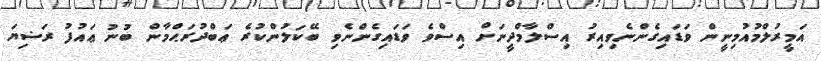
އަމީރުލްމުއުމިނީން ވަޑައިގެންނެވިއިރު އިސްލާމްދީނަށް އިސްވެ ވަޑައިގެންނެވި ބޭކަލުންކުރެ ޢަބްދުރަޙްމާން ބުނު ޢައުފު ރަޟިޔަ